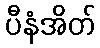
ပီနံအိတ်